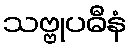
သဗ္ဗုပဓီနံ